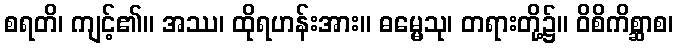
စရတိ၊ ကျင့်၏။ အဿ၊ ထိုရဟန်းအား။ ဓမ္မေသု၊ တရားတို့၌။ ဝိစိကိစ္ဆာစ၊